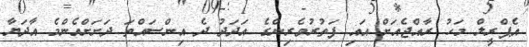
އެޕްރީލް މަހު ރާއްޖެއަށް އައި ފަތުރުވެރިންގެ އަދަދު ދެ އިންސައްތަ ދަށަށްއެންމެ އާދަޔާ